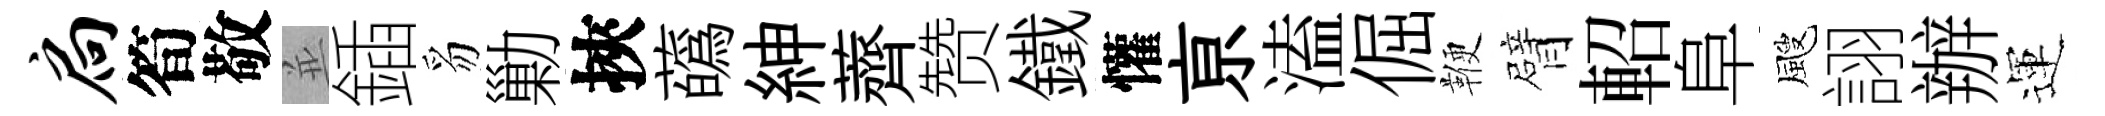
扃筍敬並鍤豸勦挾蘤紳薺赞鐵懽亰溘倔鞭臂軺阜颼詡辦運